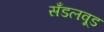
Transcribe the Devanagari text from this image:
सँडलवूड